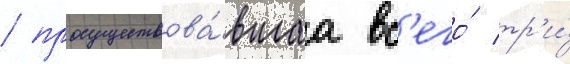
/ просуществова́вшаа вс'его́ тр'и́